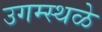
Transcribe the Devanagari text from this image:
उगम्स्थळे